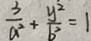
\frac { 3 } { a ^ { 2 } } + \frac { y ^ { 2 } } { b ^ { 2 } } = 1